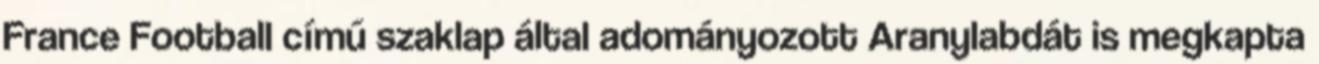
France Football című szaklap által adományozott Aranylabdát is megkapta